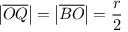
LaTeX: \left| { \overline { { O Q } } } \right| = \left| { \overline { { B O } } } \right| = { \frac { r } { 2 } }